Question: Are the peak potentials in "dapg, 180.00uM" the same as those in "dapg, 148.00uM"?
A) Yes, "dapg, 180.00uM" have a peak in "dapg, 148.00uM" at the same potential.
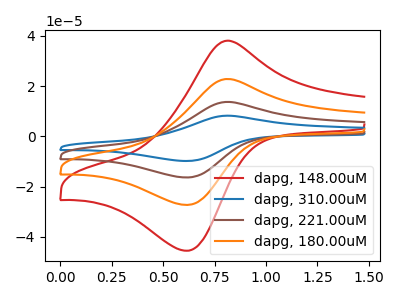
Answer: <think>The red curve "dapg, 148.00uM" has an anodic peak at (0.80V, 38.05uA) and a cathodic peak at (0.60V, -45.50uA). The blue curve "dapg, 310.00uM" has an anodic peak at (0.80V, 68.45uA) and a cathodic peak at (0.60V, -81.90uA). The brown curve "dapg, 221.00uM" has an anodic peak at (0.80V, 45.65uA) and a cathodic peak at (0.60V, -54.60uA). The orange curve "dapg, 180.00uM" has an anodic peak at (0.80V, 22.80uA) and a cathodic peak at (0.60V, -27.30uA).</think>
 <answer>A) Yes, "dapg, 180.00uM" have a peak in "dapg, 148.00uM" at the same potential.</answer>
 <eval>A</eval>